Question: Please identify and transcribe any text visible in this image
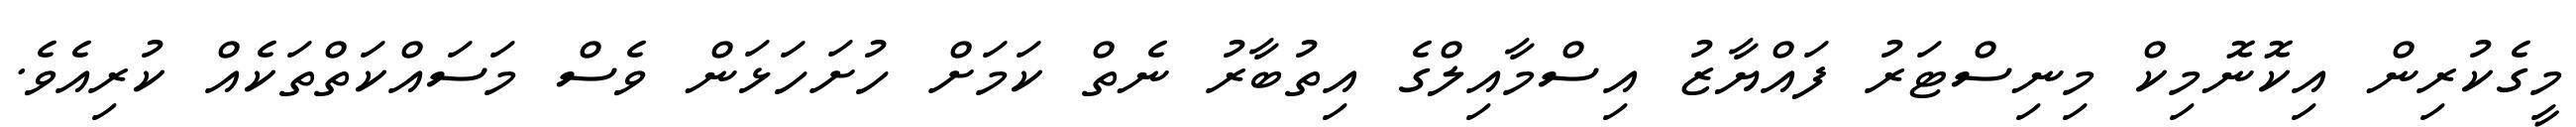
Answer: މީގެކުރިން އިކޮނޮމިކް މިނިސްޓަރު ފައްޔާޒު އިސްމާއިލްގެ އިތުބާރު ނެތް ކަމަށް ހުށަހަޅަން ވެސް މަސައްކަތްތަކެއް ކުރިއެވެ.